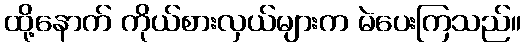
ထို့နောက် ကိုယ်စားလှယ်များက မဲပေးကြသည်။